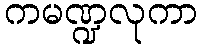
ကမဏ္ဍလုကာ